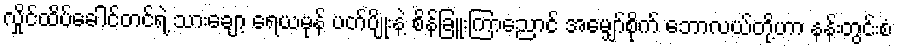
လှိုင်ထိပ်ခေါင်တင်ရဲ့ သားချော့ ရေယမုန် ပတ်ပျိုးနဲ့ စိန်ခြူးကြာညောင် အမျှော်စိုက် ဘောလယ်တို့ဟာ နန်းတွင်းစံ